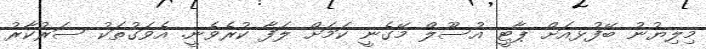
މިލިޔުނު ބޭފުޅއަށް ޕާޓީ އުސޫލް މޭގެނީ ކަމަށް ލަފާ ކުރެވެނީ. އެވަގުތަކު ސަރުކާރު